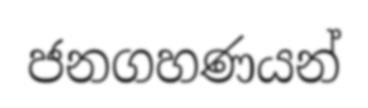
ජනගහණයන්